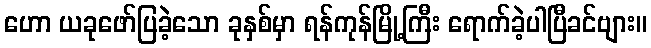
ဟော ယခုဖော်ပြခဲ့သော ခုနှစ်မှာ ရန်ကုန်မြို့ကြီး ရောက်ခဲ့ပါပြီခင်ဗျား။